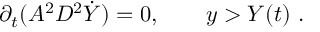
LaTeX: \partial _ { t } ( A ^ { 2 } D ^ { 2 } \dot { Y } ) = 0 , \qquad y > Y ( t ) \ .